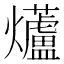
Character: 𭶨